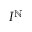
I ^ { \mathbb { N } }